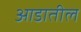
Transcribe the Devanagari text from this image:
आडातील